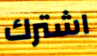
اشترك